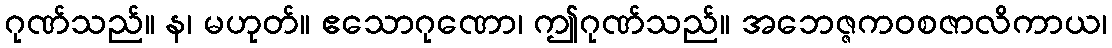
ဂုဏ်သည်။ န၊ မဟုတ်။ ဧသောဂုဏော၊ ဤဂုဏ်သည်။ အဘေဇ္ဇကဝစဇာလိကာယ၊